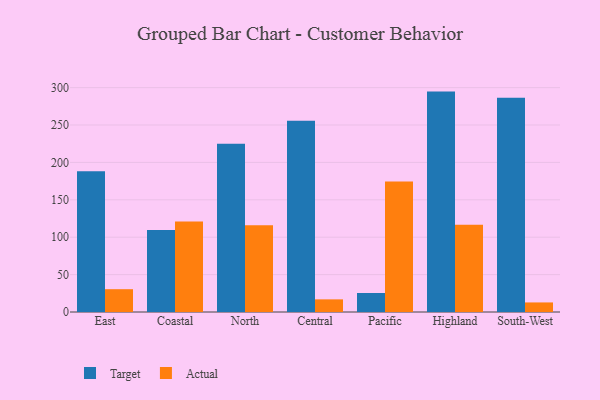
{"axis": {"x": "Region", "y": "Gross Profit (USD K)"}, "legend": ["Actual", "Target"], "data": [{"x": "East", "y": 188.2, "type": "Target"}, {"x": "East", "y": 30.5, "type": "Actual"}, {"x": "Coastal", "y": 109.8, "type": "Target"}, {"x": "Coastal", "y": 121.0, "type": "Actual"}, {"x": "North", "y": 225.1, "type": "Target"}, {"x": "North", "y": 116.0, "type": "Actual"}, {"x": "Central", "y": 255.6, "type": "Target"}, {"x": "Central", "y": 16.9, "type": "Actual"}, {"x": "Pacific", "y": 25.4, "type": "Target"}, {"x": "Pacific", "y": 174.6, "type": "Actual"}, {"x": "Highland", "y": 294.7, "type": "Target"}, {"x": "Highland", "y": 116.8, "type": "Actual"}, {"x": "South-West", "y": 286.6, "type": "Target"}, {"x": "South-West", "y": 12.8, "type": "Actual"}]}